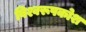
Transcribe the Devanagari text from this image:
विश्वरूपकोश